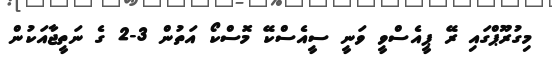
މިގުރޫޕްގައި ރޭ ޕީއެސްވީ ވަނީ ސީއެސްކޭ މޮސްކޯ އަތުން 3-2 ގެ ނަތީޖާއަކުން